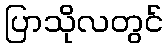
ပြာသိုလတွင်